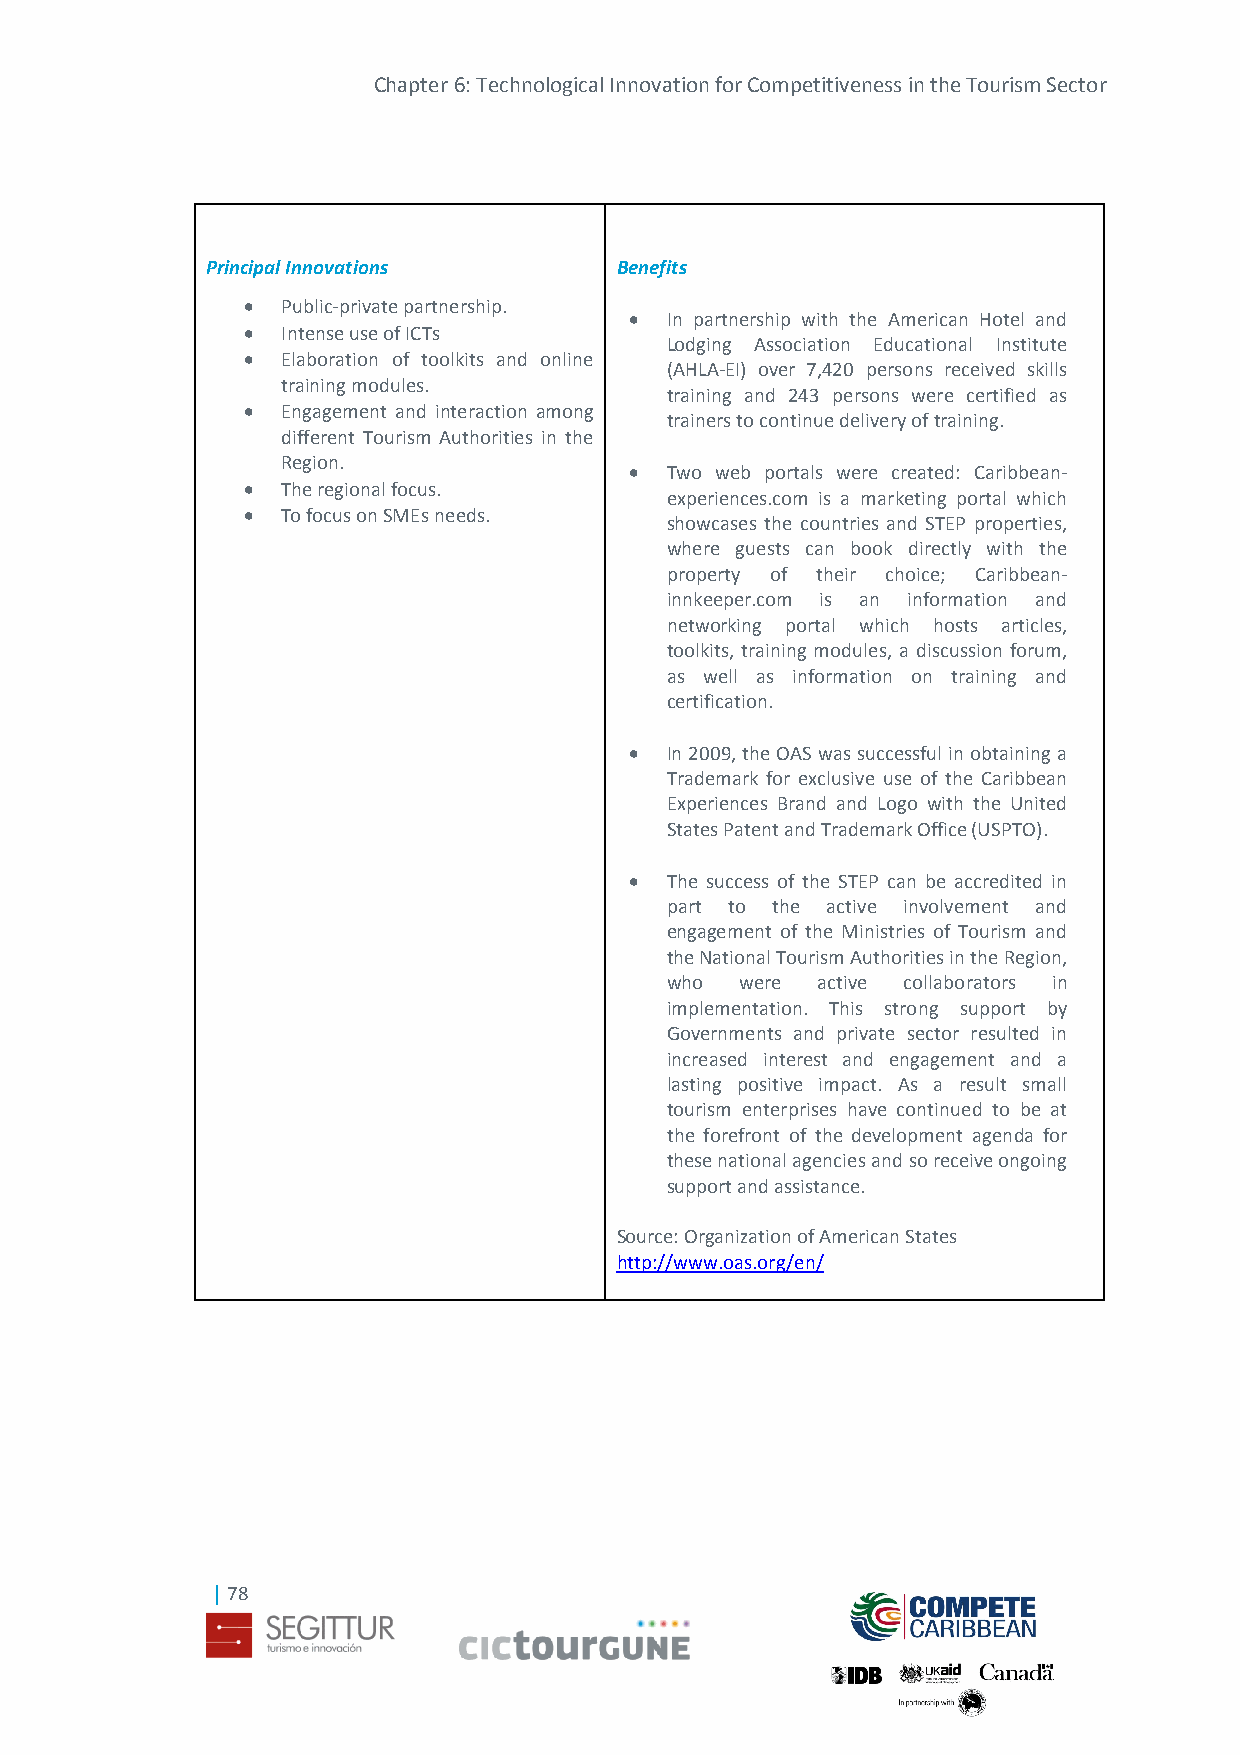
Chapter 6: Technological Innovation for Competitiveness in the Tourism Sector
 Principal Innovations      Benefits
   Public-private partnership.
  In partnership with the American Hotel and
   Intense use of ICTs
 Lodging Association Educational Institute
   Elaboration of toolkits and online
 (AHLA-EI) over 7,420 persons received skills
 training modules.
 training and 243 persons were certified as
   Engagement and interaction among
 trainers to continue delivery of training.
 different Tourism Authorities in the
 Region.
  Two web portals were created: Caribbean-
   The regional focus.
 experiences.com is a marketing portal which
   To focus on SMEs needs.
 showcases the countries and STEP properties,
 where guests can book directly with the
 property of their choice; Caribbean-
 innkeeper.com is an information and
 networking portal which hosts articles,
 toolkits, training modules, a discussion forum,
 as well as information on training and
 certification.
  In 2009, the OAS was successful in obtaining a
 Trademark for exclusive use of the Caribbean
 Experiences Brand and Logo with the United
 States Patent and Trademark Office (USPTO).
  The success of the STEP can be accredited in
 part to the active involvement and
 engagement of the Ministries of Tourism and
 the National Tourism Authorities in the Region,
 who  were active collaborators in
 implementation. This strong support by
 Governments and private sector resulted in
 increased interest and engagement and a
 lasting positive impact. As a result small
 tourism enterprises have continued to be at
 the forefront of the development agenda for
 these national agencies and so receive ongoing
 support and assistance.
 Source: Organization of American States
 http://www.oas.org/en/
 | 78